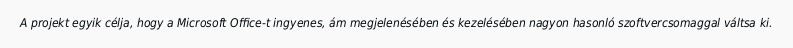
A projekt egyik célja, hogy a Microsoft Office-t ingyenes, ám megjelenésében és kezelésében nagyon hasonló szoftvercsomaggal váltsa ki.